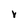
Character: Y